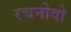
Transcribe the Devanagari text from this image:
रचनोवो